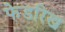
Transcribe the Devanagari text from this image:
फेडरिख